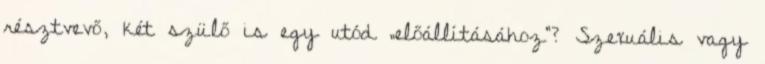
résztvevő, két szülő is egy utód „előállításához”? Szexuális vagy